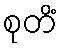
စုတိံ